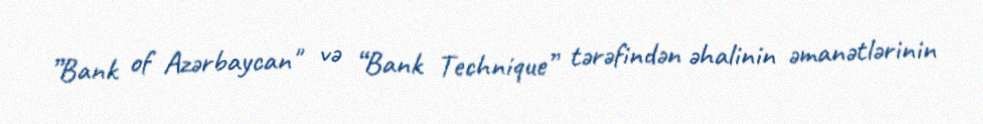
”Bank of Azərbaycan" və “Bank Technique” tərəfindən əhalinin əmanətlərinin